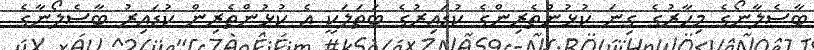
ބާސެލާނޯގެ މިހާރުގެ ގިނަ ކުޅުންތެރިންގެ ކުޑައިރުގެ ބަތަލަކީ އެ ކުޅުންތެރިން ކުޑައިރު ބާސެލޯނާގެ